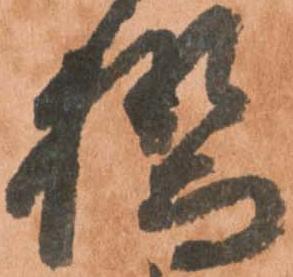
橋